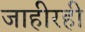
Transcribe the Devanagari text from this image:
जाहीरही